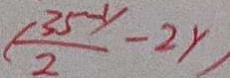
( \frac { 3 5 - y } { 2 } - 2 y )